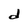
Character: d